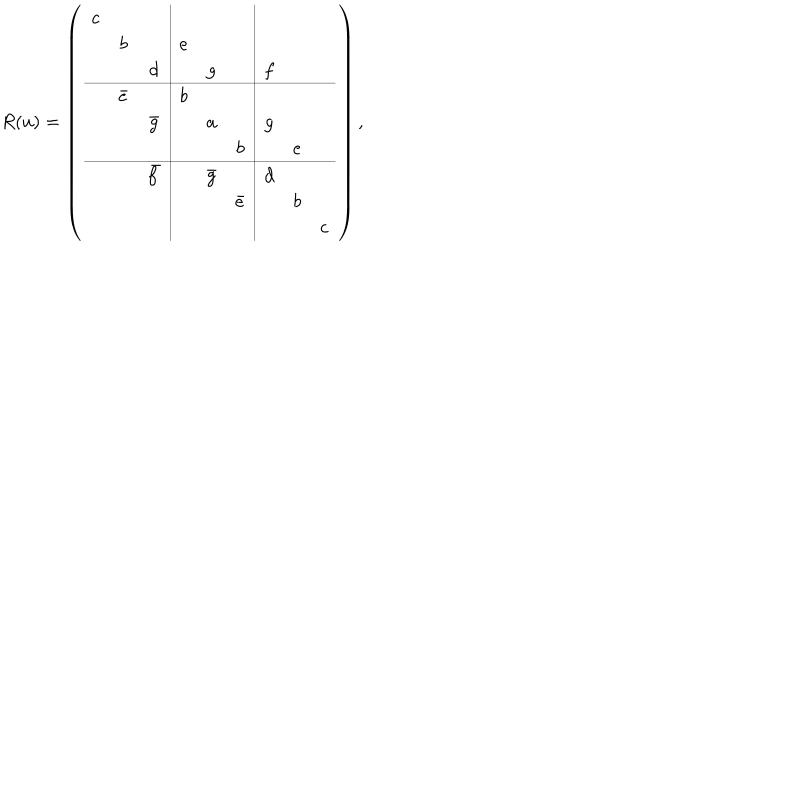
R ( u ) = \left( \begin{array} { c c c | c c c | c c c } { { c } } & { { } } & { { } } & { { } } & { { } } & { { } } & { { } } & { { } } & { { } } \\ { { } } & { { b } } & { { } } & { { e } } & { { } } & { { } } & { { } } & { { } } & { { } } \\ { { } } & { { } } & { { d } } & { { } } & { { g } } & { { } } & { { f } } & { { } } & { { } } \\ \hline { { } } & { { \bar { e } } } & { { } } & { { b } } & { { } } & { { } } & { { } } & { { } } & { { } } \\ { { } } & { { } } & { { \bar { g } } } & { { } } & { { a } } & { { } } & { { g } } & { { } } & { { } } \\ { { } } & { { } } & { { } } & { { } } & { { } } & { { b } } & { { } } & { { e } } & { { } } \\ \hline { { } } & { { } } & { { \bar { f } } } & { { } } & { { \bar { g } } } & { { } } & { { d } } & { { } } & { { } } \\ { { } } & { { } } & { { } } & { { } } & { { } } & { { \bar { e } } } & { { } } & { { b } } & { { } } \\ { { } } & { { } } & { { } } & { { } } & { { } } & { { } } & { { } } & { { } } & { { c } } \\ \end{array} \right) ,